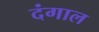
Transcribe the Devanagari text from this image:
दंगाल